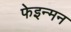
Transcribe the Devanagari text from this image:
फेइन्मन